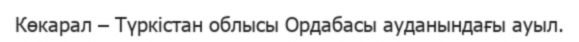
Көкарал – Түркістан облысы Ордабасы ауданындағы ауыл.